Report on the bubonic plague in Bombay, 1896-1897
Year: 1896
Disease focus: Plague
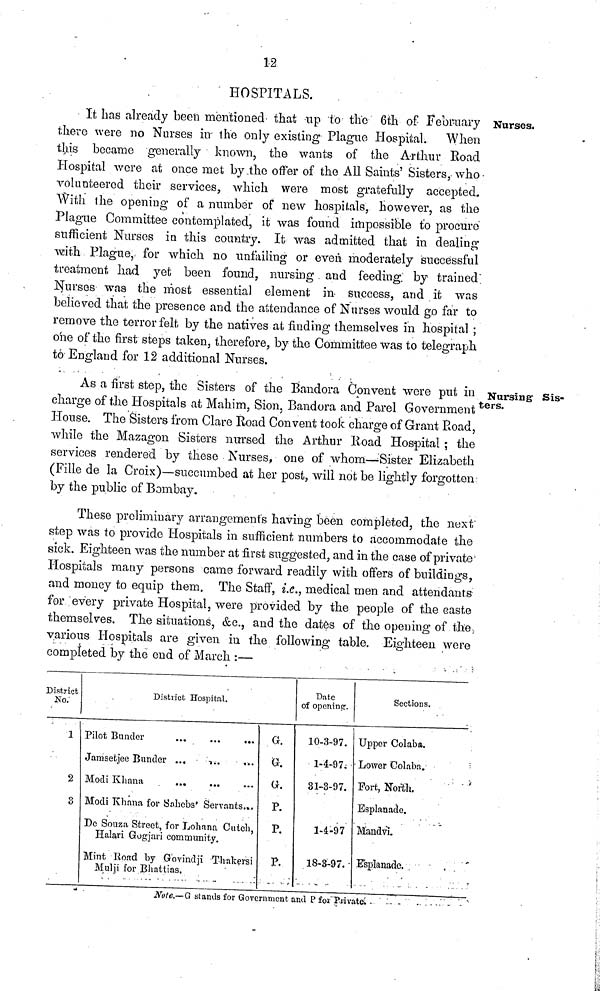
12
HOSPITALS.
Nurses.
It has already been mentioned that up to the 6th of February
there were no Nurses in the only existing Plague Hospital. When
this became generally known, the wants of the Arthur Road
Hospital were at once met by the offer of the All Saints' Sisters, who
volunteered their services, which were most gratefully accepted.
With the opening of a number of new hospitals, however, as the
Plague Committee contemplated, it was found impossible to procure
sufficient Nurses in this country. It was admitted that in dealing
with Plague,. for which no unfailing or even moderately successful
treatment had yet been found, nursing and feeding, by trained
Nurses was the most essential element in success, and it was
believed that the presence and the attendance of Nurses would go far to
remove the terror felt by the natives at finding themselves in hospital ;
one of the first steps taken, therefore, by the Committee was to telegraph
to England for 12 additional Nurses.
Nursing Sis-
ters.
As a first step, the Sisters of the Bandora Convent were put in
charge of the Hospitals at Mahim, Sion, Bandora and Parel Government
House. The Sisters from Clare Road Convent took charge of Grant Road,
while the Mazagon Sisters nursed the Arthur Road Hospital ; the
services rendered by these Nurses, one of whom—Sister Elizabeth
(Fille de la Croix)—succumbed at her post, will not be lightly forgotten
by the public of Bombay.
These preliminary arrangements having been completed, the next
step was to provide Hospitals in sufficient numbers to accommodate the
sick. Eighteen was the number at first suggested, and in the case of private'
Hospitals many persons came forward readily with offers of buildings,
and money to equip them. The Staff, i.e., medical men and attendants
for every private Hospital, were provided by the people of the caste
themselves. The situations, &c, and the dates of the opening of the
various Hospitals are given in the following table. Eighteen were
completed by the end of March :—
District
No
1
2
3
District Hospital.
Pilot Bunder
...
...
...
Jamsetjee Bander ...
...
...
Modi Khana ... ... ...
Modi Khana for Sahebs' Servants ...
De Souza Street, for Lohnna Cutch,
Halari Gogjari community.
Mint Road by Govindji Thakersi
Mulji for Bhattias.
G.
G.
G.
P.
P.
P.
Date
of opening.
10-3-97.
1-4-97;
31-3-97.
1-4-97
18-3-97.
Sections.
Upper Colaba.
Lower Colaba.
Fort, North.
Esplanade.
Mandvi.
Esplanade.
Note.—G stands for Government and P for Private.